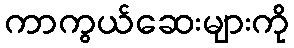
ကာကွယ်ဆေးများကို